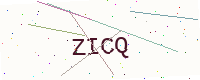
Text: ZICQ